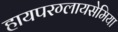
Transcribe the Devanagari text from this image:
हायपरग्लायसेमिया